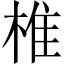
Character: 椎